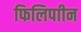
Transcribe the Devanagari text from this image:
फिलिपाीन